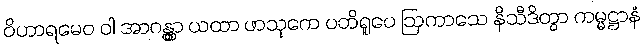
ဝိဟာရမေဝ ဝါ အာဂန္တွာ ယထာ ဖာသုကေ ပတိရူပေ ဩကာသေ နိသီဒိတွာ ကမ္မဋ္ဌာနံ